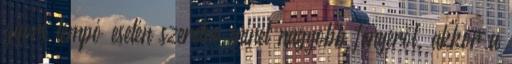
gyors tempó esetén szeretne minél nagyobb fényerõt, akkor a